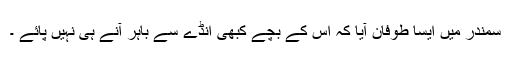
سمندر میں ایسا طوفان آیا کہ اس کے بچے کبھی انڈے سے باہر آنے ہی نہیں پائے ۔